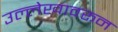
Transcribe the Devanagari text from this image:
उल्लेखावरून